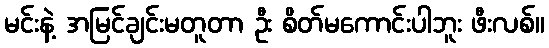
မင်းနဲ့ အမြင်ချင်းမတူတာ ဦး စိတ်မကောင်းပါဘူး ဖီးလစ်။